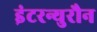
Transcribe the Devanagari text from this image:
इंटरन्युरौन